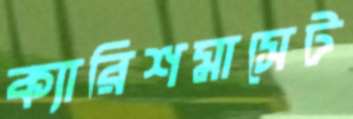
ক্যারিশমাসেট